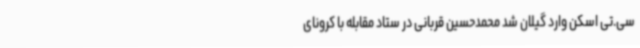
سی.تی اسکن وارد گیلان شد محمدحسین قربانی در ستاد مقابله با کرونای